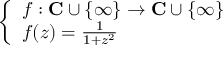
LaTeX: \left\{ \begin{array} { l l } { f : \mathbf { C } \cup \{ \infty \} \to \mathbf { C } \cup \{ \infty \} } \\ { f ( z ) = { \frac { 1 } { 1 + z ^ { 2 } } } } \end{array} \right.